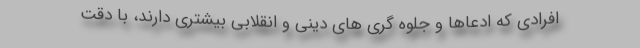
افرادی که ادعاها و جلوه گری های دینی و انقلابی بیشتری دارند، با دقت